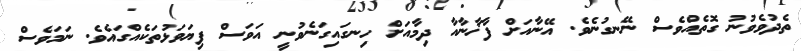
ތެދުވެވުނު ގޮތެއްވެސް ނޭނގުނެވެ. އޭނާއަށް ފާޚާނާއާ ދިމާއަށް ހިނގައިގަނެވުނީ އަވަސް ފިޔަވަޅުތަކެއްގައެވެ. ނަމަވެސް